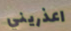
اعذريني